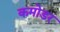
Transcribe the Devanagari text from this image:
कमोडर